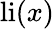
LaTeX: \operatorname{li}(x)